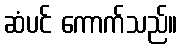
ဆံပင် ကောက်သည်။